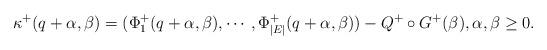
LaTeX: \begin{align*}\kappa^+(q+\alpha, \beta) =(\Phi^+_1(q+\alpha,\beta) , \cdots, \Phi^+_{|E|}(q+\alpha,\beta) )- Q^+\circ G^+(\beta), \alpha,\beta\geq 0.\end{align*}